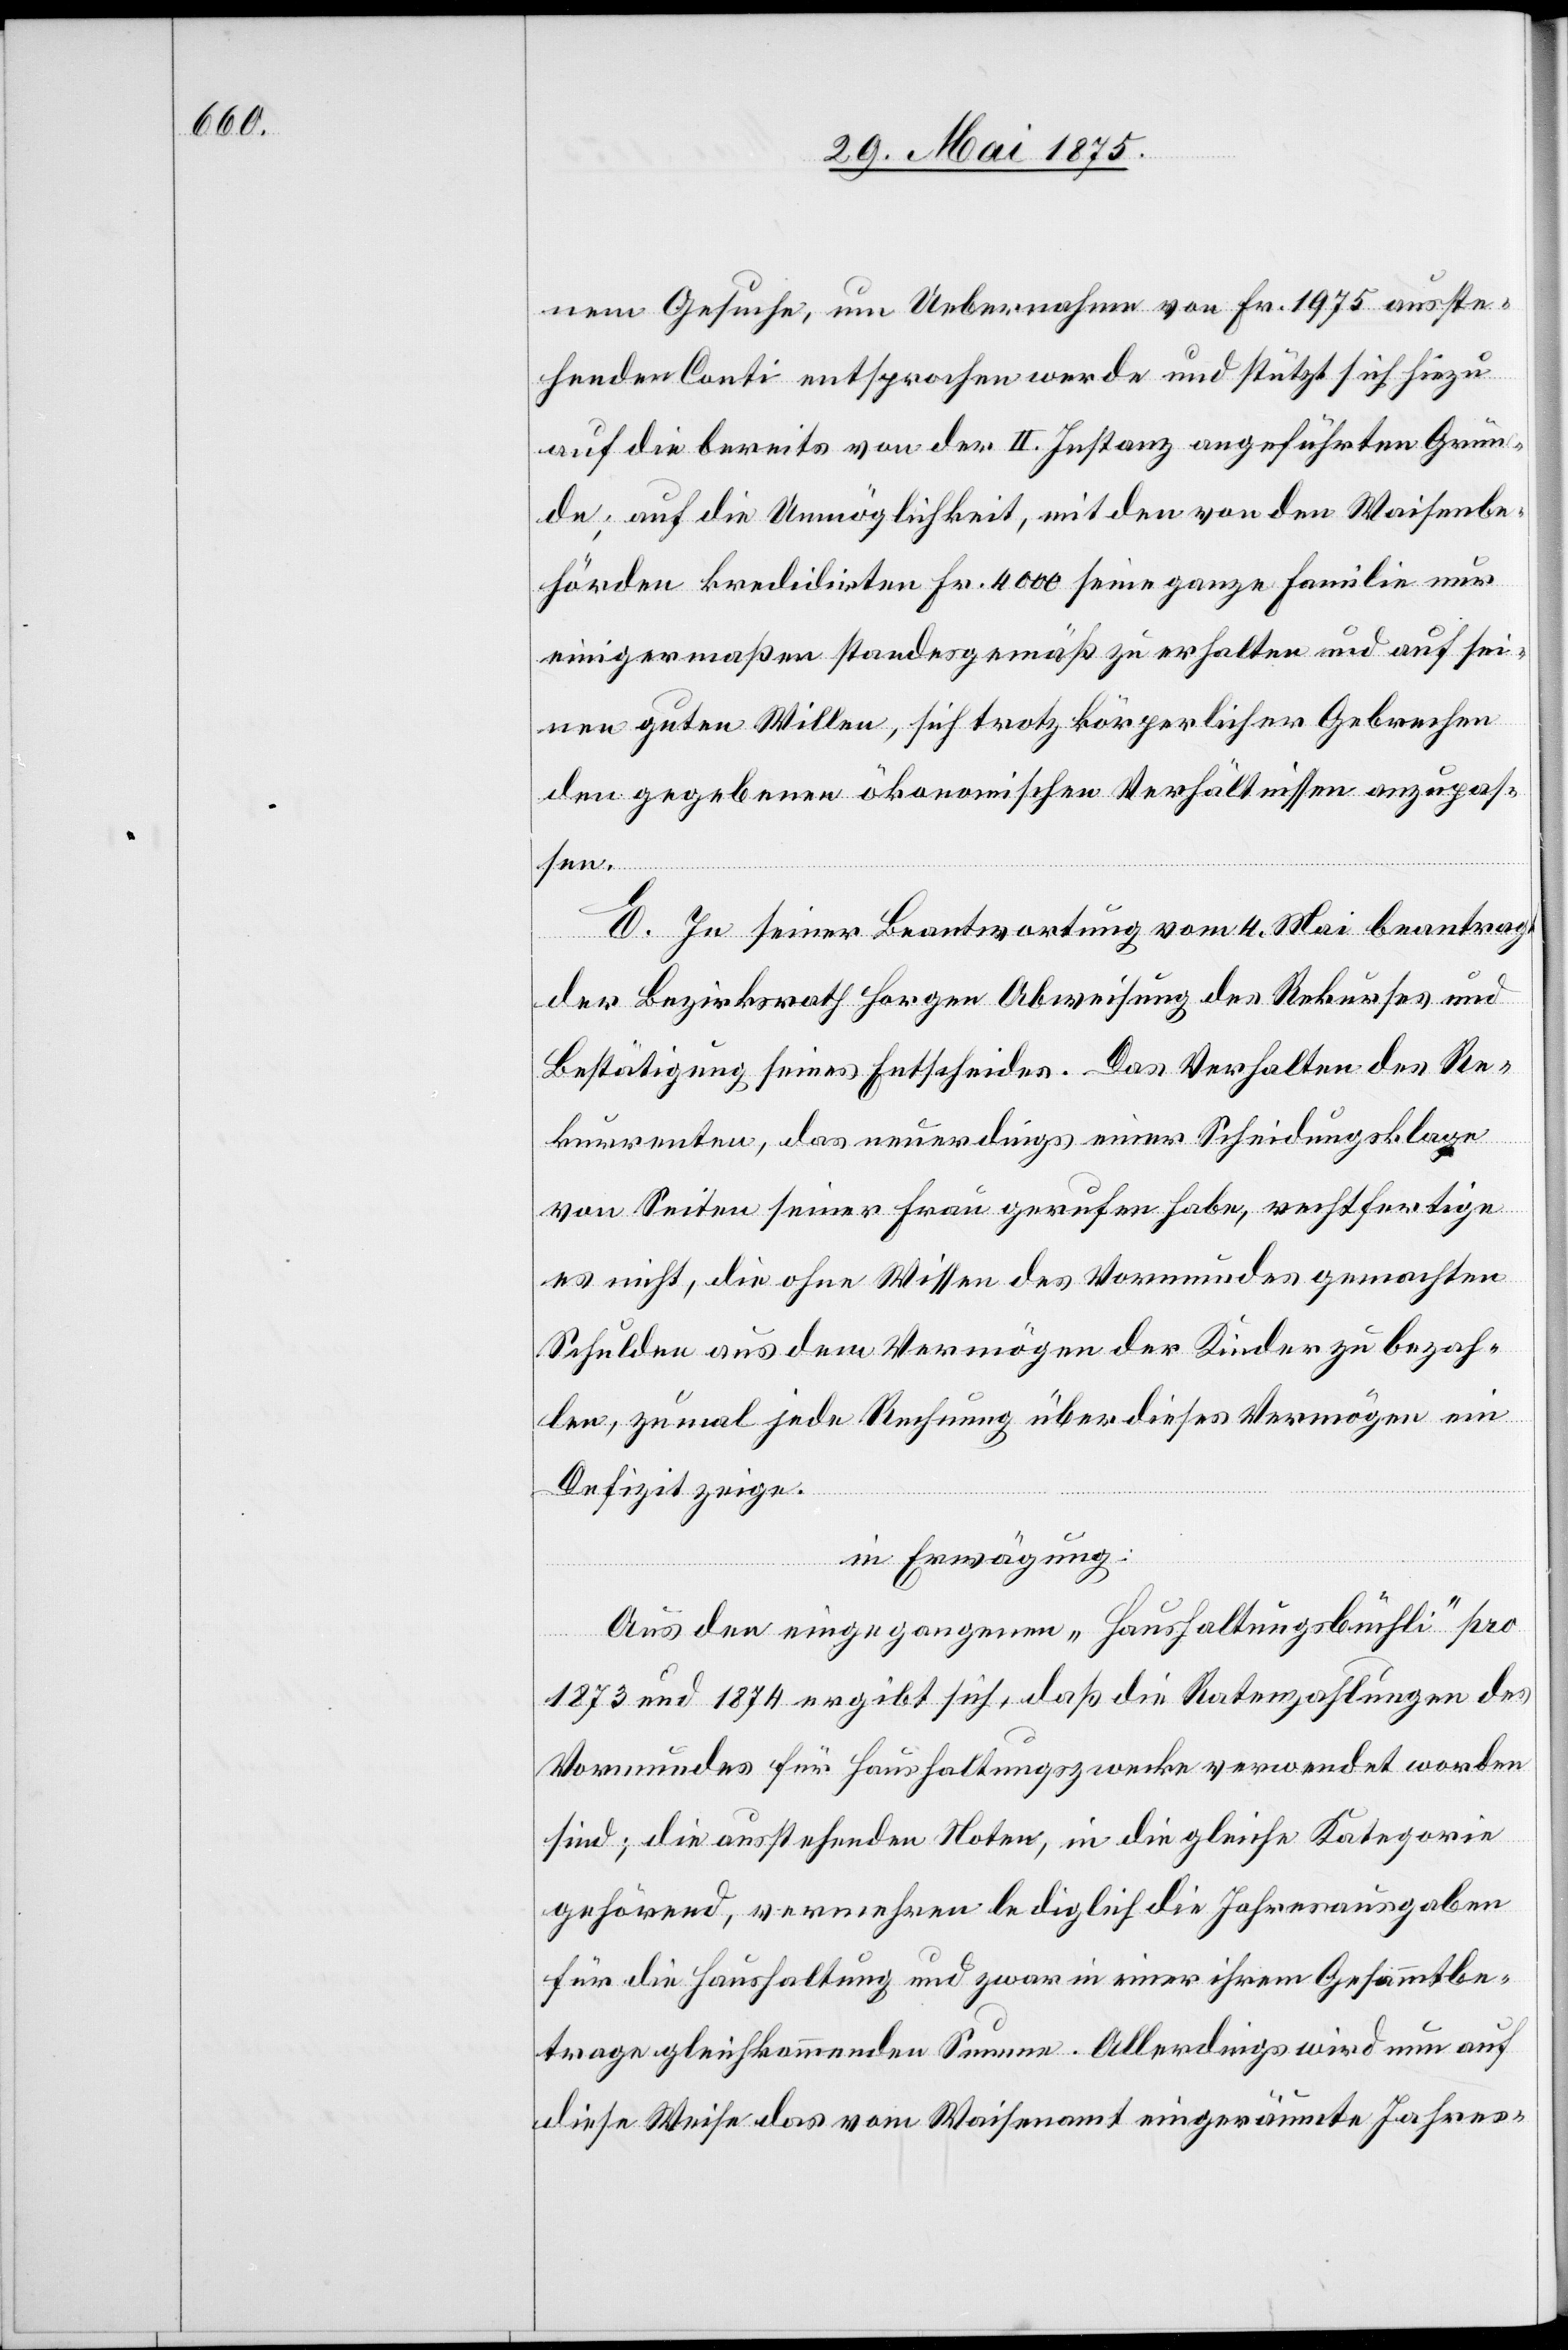
nem Gesuche, um Uebernahme von Fr. 1975 ausste¬
henden Conti entsprochen werde und stützt sich hiezu
auf die bereits von der II. Instanz angeführten Grün¬
de; auf die Unmöglichkeit, mit den von den Waisenbe¬
hörden kredidirten [sic!] Fr. 4000 seine ganze Familie nur
einigermaßen standesgemäß zu erhalten und auf sei¬
nen guten Willen, sich trotz körperlicher Gebrechen
den ergebenen ökonomischen Verhältnissen anzupas¬
sen.
E. In seiner Beantwortung vom 4. Mai beantragt
der Bezirksrath Horgen Abweisung des Rekurses und
Bestätigung seines Entscheides. Das Verhalten des Re¬
kurrenten, das neuerdings einer Scheidungsklage
von Seiten seiner Frau gerufen habe, rechtfertige
es nicht, die ohne Wissen des Vormundes gemachten
Schulden aus dem Vermögen der Kinder zu bezah¬
len, zumal jede Rechnung über dieses Vermögen ein
Defizit zeige.
in Erwägung:
Aus den eingegangenen „Haushaltsbüchli“ pro
1873 und 1874 ergibt sich, daß die Ratenzahlungen des
Vormundes für Haushaltungszwecke verwendet worden
sind; die anstehenden Noten, in die gleiche Kategorie
gehörende, vermehren lediglich die Jahresausgaben
für die Haushaltung und zwar in einer ihrem Gesammtbe¬
trage gleichkommende Summe. Allerdings wird nun auf
diese Weise das vom Waisenamt eingeräumte Jahres-